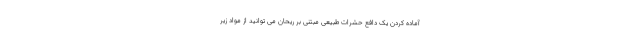
آماده کردن یک دافع حشرات طبیعی مبتنی بر ریحان می توانید از مواد زیر